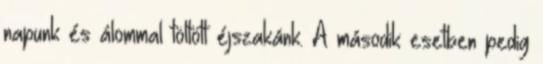
napunk és álommal töltött éjszakánk. A második esetben pedig